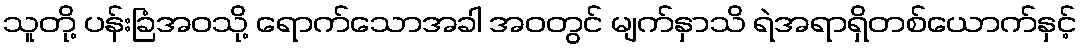
သူတို့ ပန်းခြံအဝသို့ ရောက်သောအခါ အဝတွင် မျက်နှာသိ ရဲအရာရှိတစ်ယောက်နှင့်